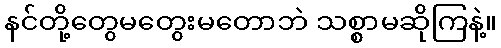
နင်တို့တွေမတွေးမတောဘဲ သစ္စာမဆိုကြနဲ့။